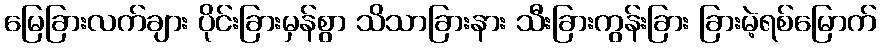
မြေခြားလက်ချား ပိုင်းခြားမှန်စွာ သိသာခြားနား သီးခြားကွန်းခြား ခြားမဲ့ရစ်မြောက်